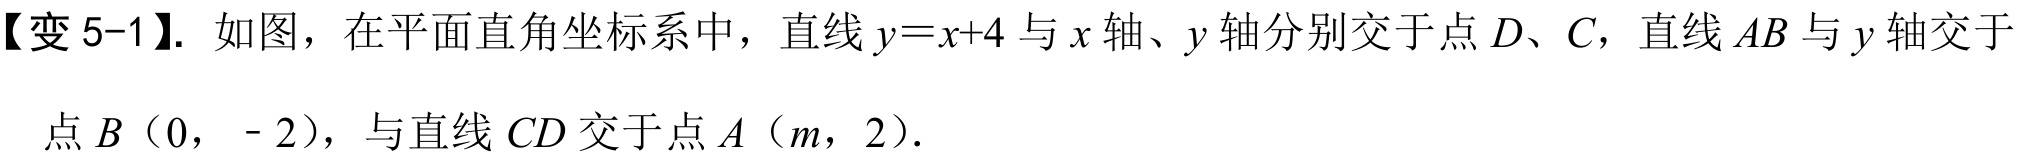
【变5-1】. 如图，在平面直角坐标系中，直线\(y = x + 4\)与\(x\)轴、\(y\)轴分别交于点\(D、C\)，直线\(AB\)与\(y\)轴交于点\(B\)（0， - 2），与直线\(CD\)交于点\(A\)（\(m\)，2）.